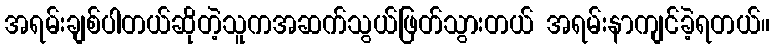
အရမ်းချစ်ပါတယ်ဆိုတဲ့သူကအဆက်သွယ်ဖြတ်သွားတယ် အရမ်းနာကျင်ခဲ့ရတယ်။